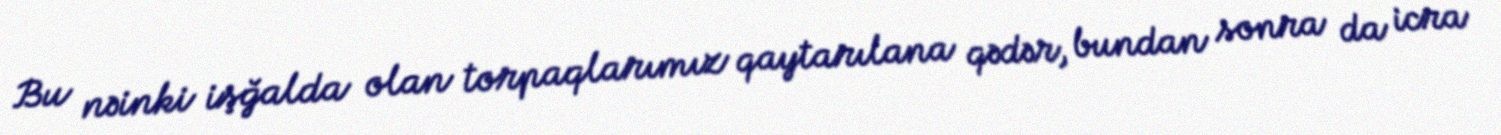
Bu nəinki işğalda olan torpaqlarımız qaytarılana qədər, bundan sonra da icra